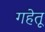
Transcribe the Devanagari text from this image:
गहेतू